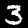
Digit: 3